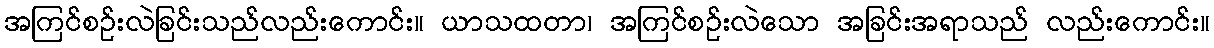
အကြင်စဉ်းလဲခြင်းသည်လည်းကောင်း။ ယာသထတာ၊ အကြင်စဉ်းလဲသော အခြင်းအရာသည် လည်းကောင်း။